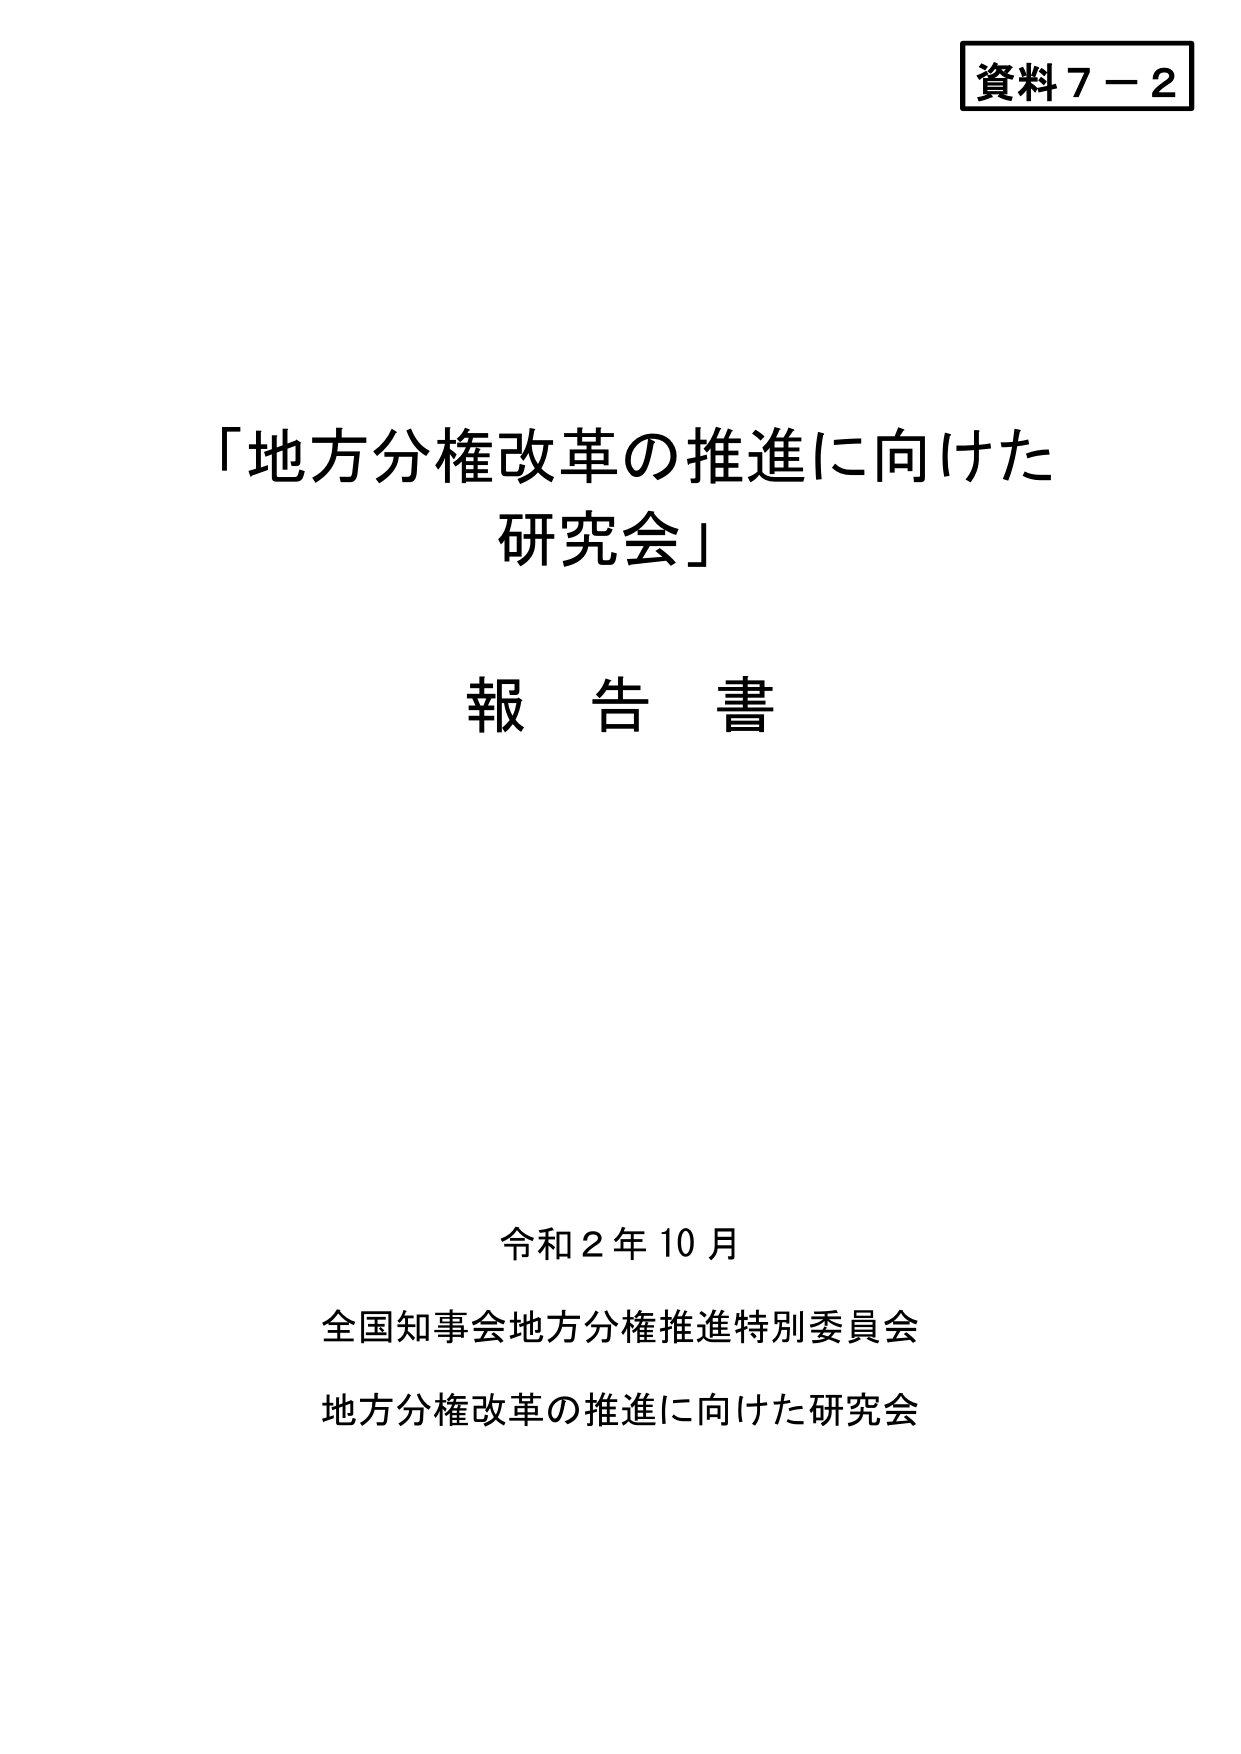
資料７－２

「地方分権改革の推進に向けた
研究会」

報告書

令和２年10月
全国知事会地方分権推進特別委員会
地方分権改革の推進に向けた研究会